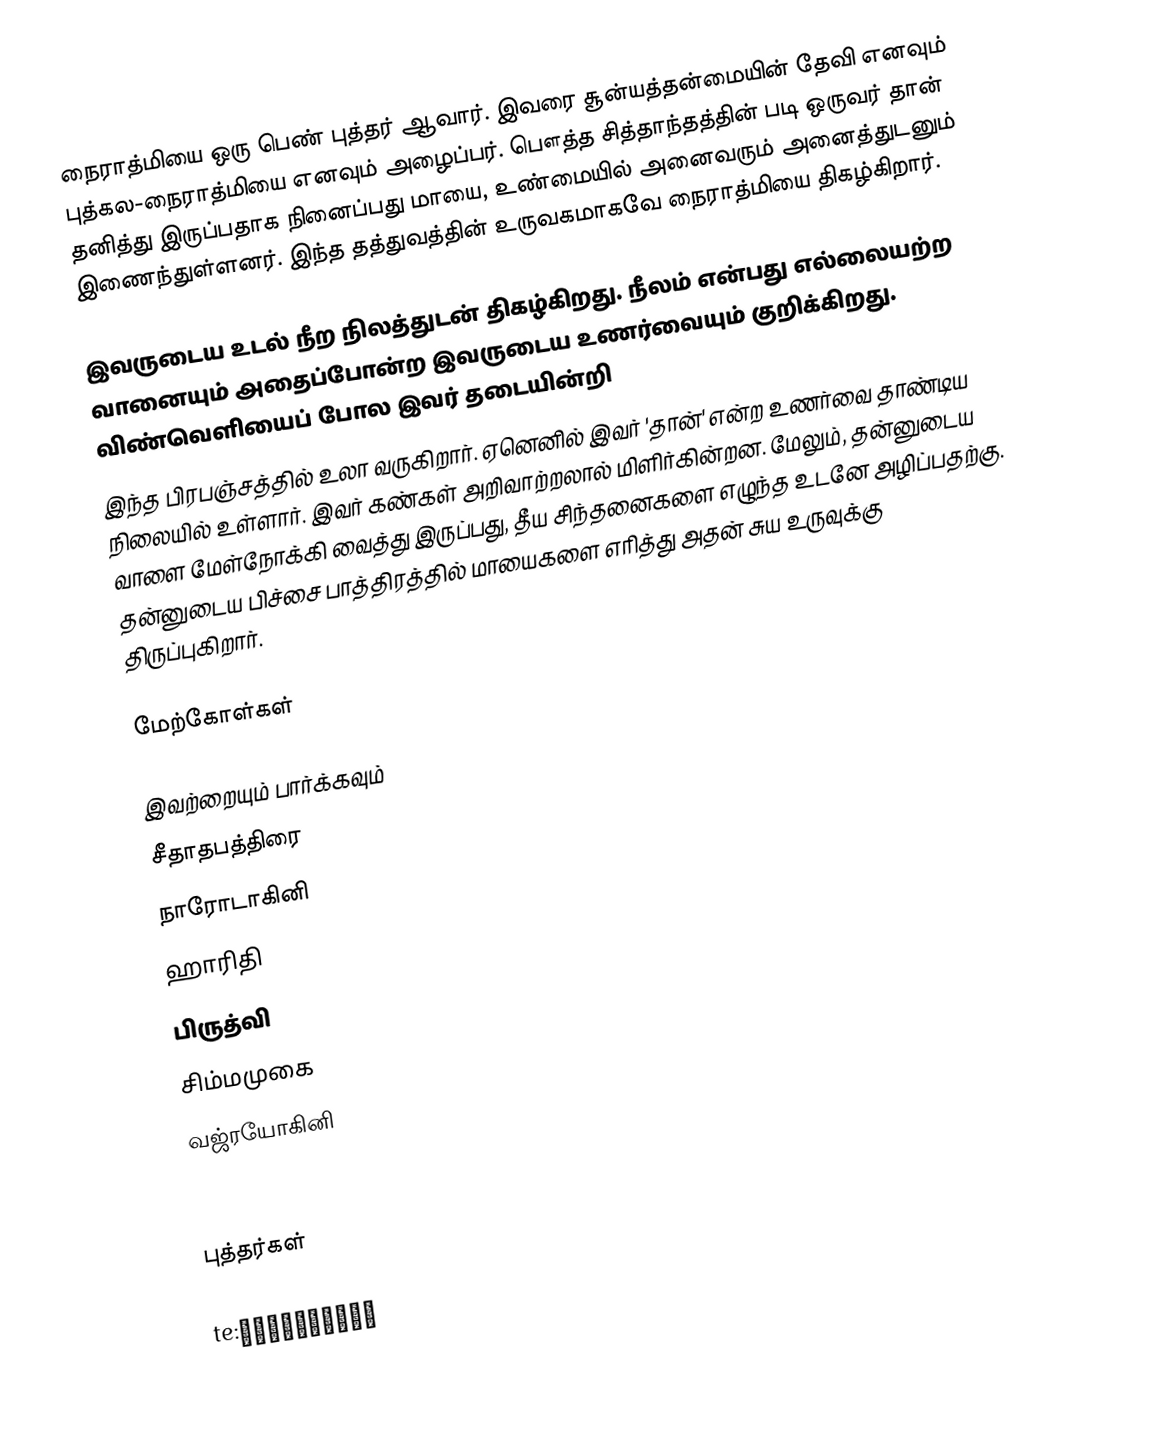
நைராத்மியை ஒரு பெண் புத்தர் ஆவார். இவரை சூன்யத்தன்மையின் தேவி எனவும் புத்கல-நைராத்மியை எனவும் அழைப்பர். பௌத்த சித்தாந்தத்தின் படி ஒருவர் தான் தனித்து இருப்பதாக நினைப்பது மாயை, உண்மையில் அனைவரும் அனைத்துடனும் இணைந்துள்ளனர். இந்த தத்துவத்தின் உருவகமாகவே நைராத்மியை திகழ்கிறார்.

இவருடைய உடல் நீற நிலத்துடன் திகழ்கிறது. நீலம் என்பது எல்லையற்ற வானையும் அதைப்போன்ற இவருடைய உணர்வையும் குறிக்கிறது. விண்வெளியைப் போல இவர் தடையின்றி
இந்த பிரபஞ்சத்தில் உலா வருகிறார். ஏனெனில் இவர் 'தான்' என்ற உணர்வை தாண்டிய நிலையில் உள்ளார். இவர் கண்கள் அறிவாற்றலால் மிளிர்கின்றன. மேலும், தன்னுடைய வாளை மேள்நோக்கி வைத்து இருப்பது, தீய சிந்தனைகளை எழுந்த உடனே அழிப்பதற்கு. தன்னுடைய பிச்சை பாத்திரத்தில் மாயைகளை எரித்து அதன் சுய உருவுக்கு திருப்புகிறார்.

மேற்கோள்கள்

இவற்றையும் பார்க்கவும்
சீதாதபத்திரை
நாரோடாகினி
ஹாரிதி
பிருத்வி
சிம்மமுகை
வஜ்ரயோகினி

புத்தர்கள்

te:నైరాత్మ్యా